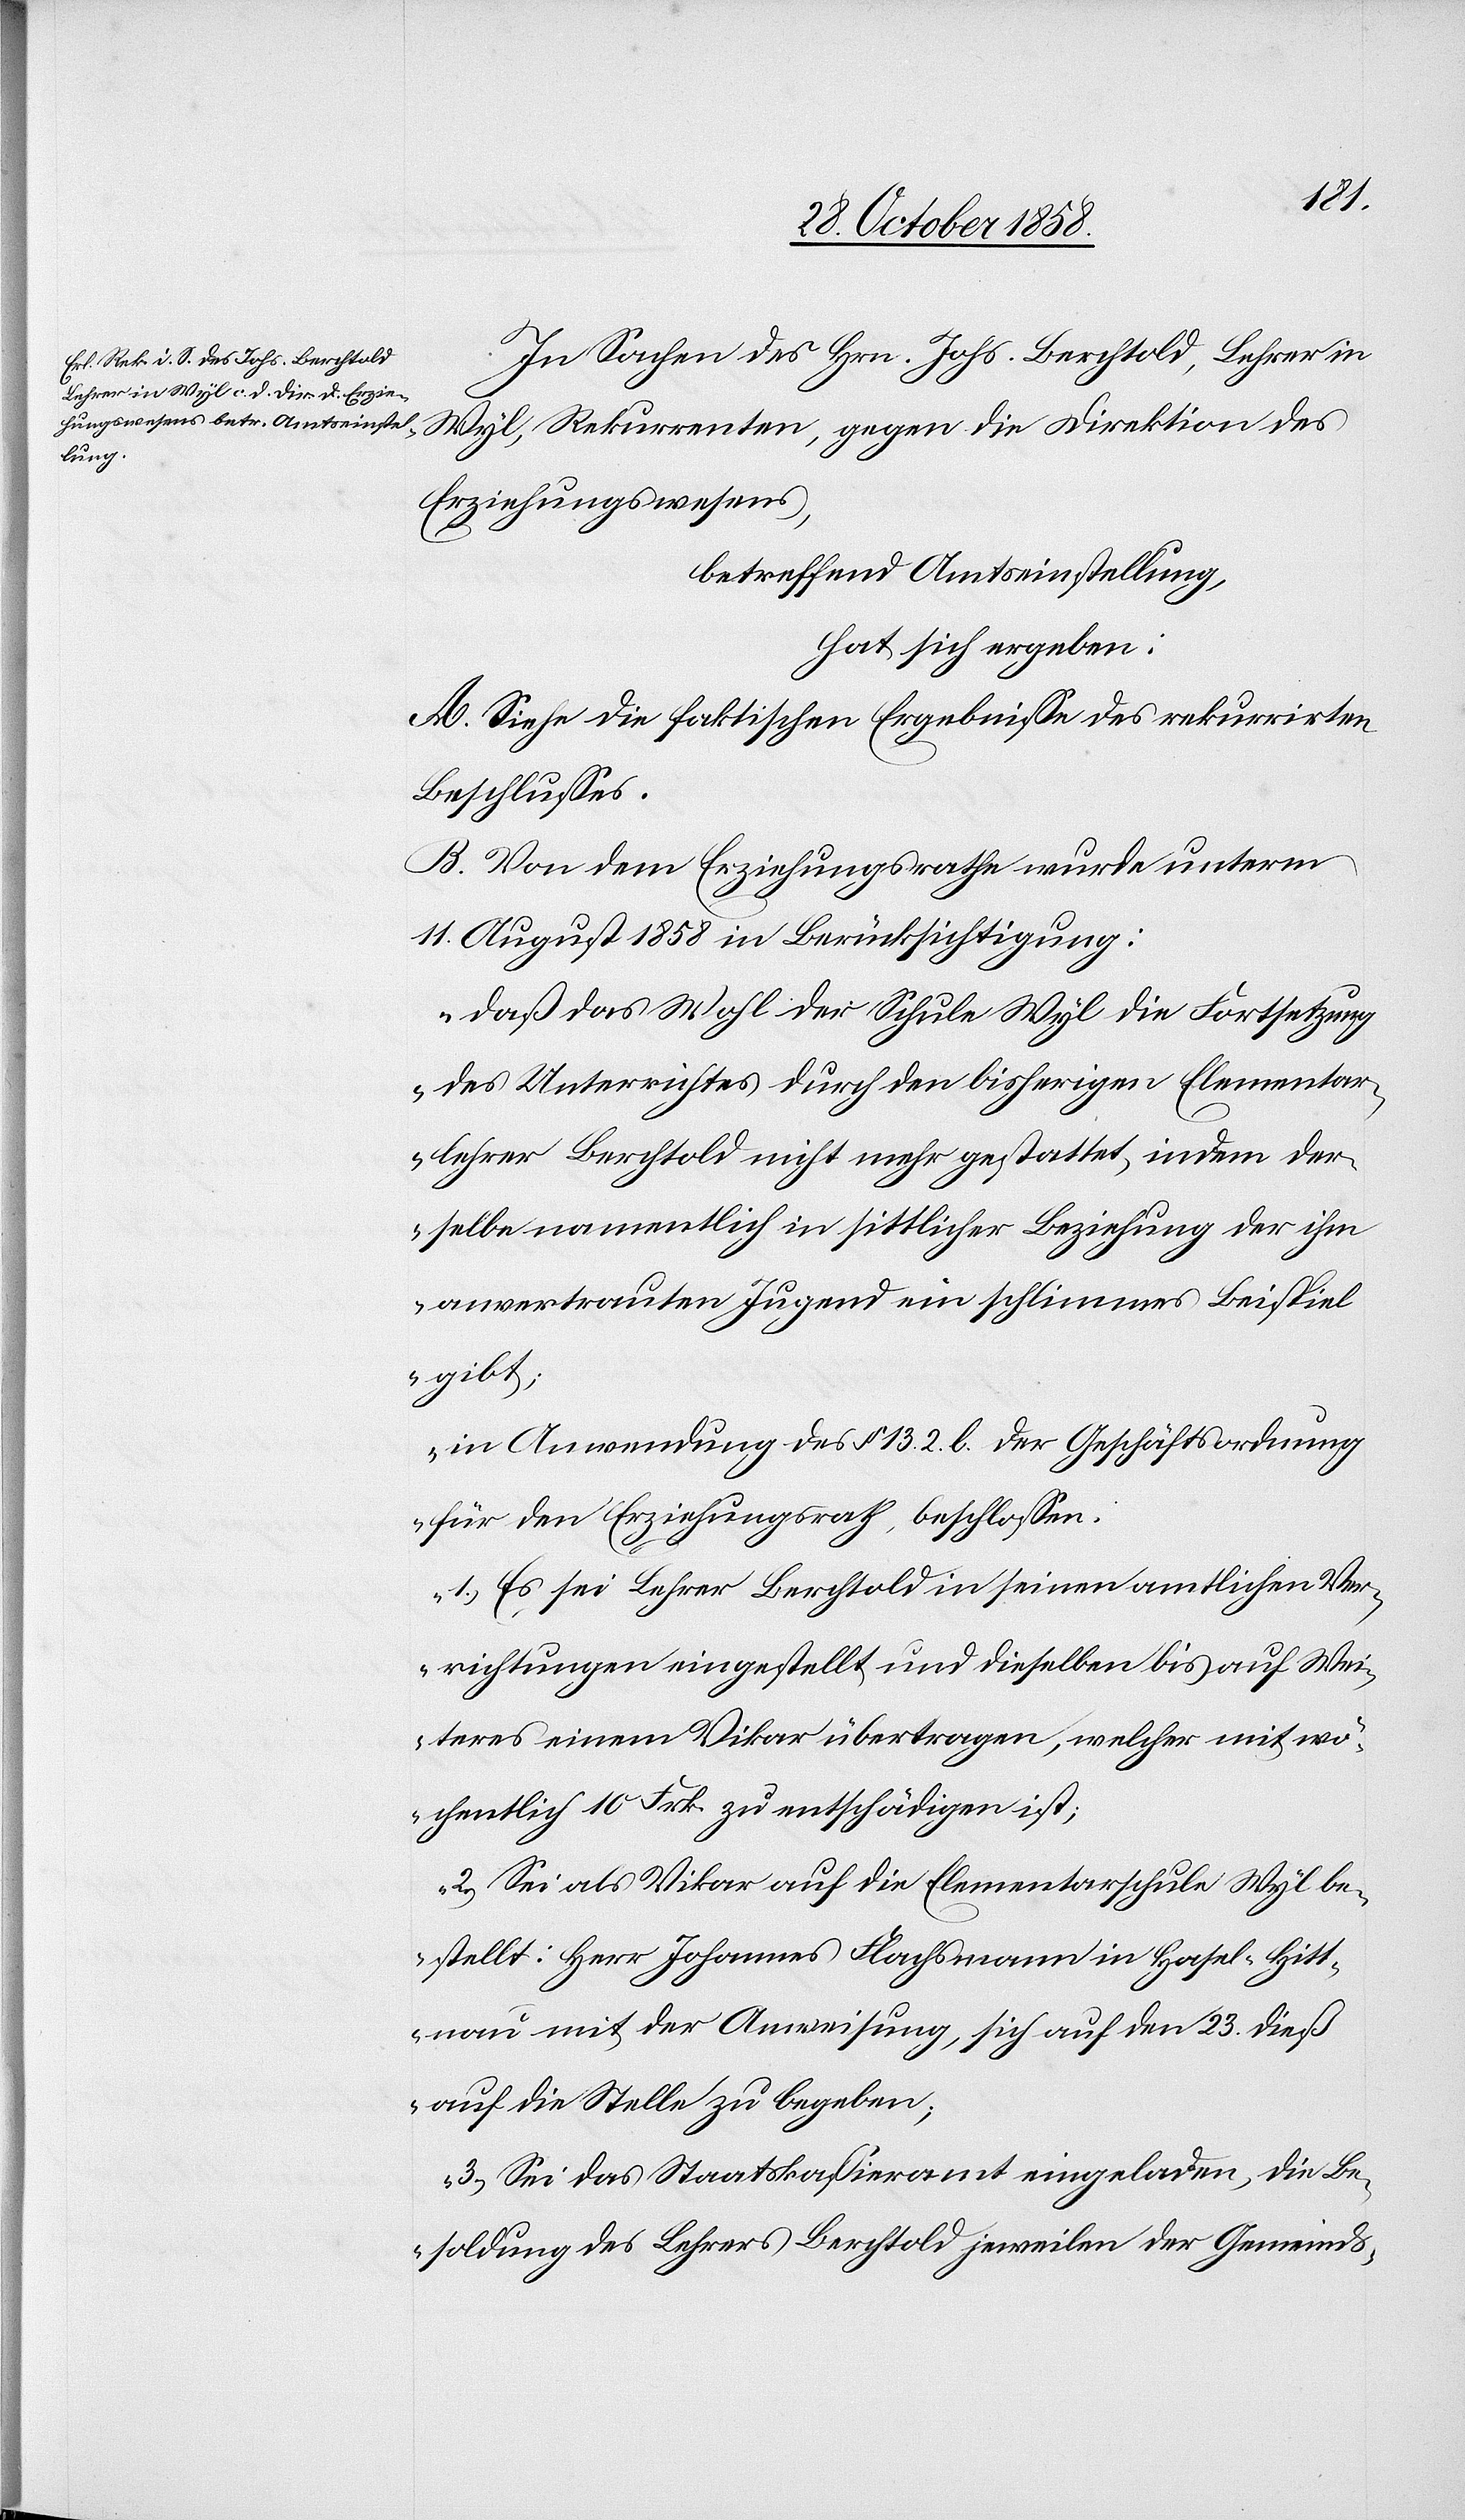
In Sachen des Hrn. Johs. Berchtold, Lehrer in
Wyl, Rekurrenten, gegen die Direktion des
Erziehungswesens,
betreffend Amtseinstellung,
hat sich ergeben:
A. Siehe die faktischen Ergebnisse des rekurrirten
Beschlusses.
B. Von dem Erziehungsrathe wurde unterm
11. August 1858 in Berücksichtigung:
„daß das Wohl der Schule Wyl die Fortsetzung
des Unterrichtes durch den bisherigen Elementar¬
lehrer Berchtold nicht mehr gestattet, indem der¬
selbe namentlich in sittlicher Beziehung der ihm
anvertrauten Jugend ein schlimmes Beispiel
gibt;
in Anwendung des § 13. 2. b. der Geschäftsordnung
für den Erziehungsrath, beschlossen:
1.) Es sei Lehrer Berchtold in seinen amtlichen Ver¬
richtungen eingestellt, und dieselben bis auf Wei¬
teres einem Vikar übertragen, welcher mit wö¬
chentlich 10 Frk. zu entschädigen ist;
2.) Sei als Vikar auf die Elementarschule Wyl be¬
stellt: Herr Johannes Flachsmann in Hasel-Hitt¬
nau mit der Anweisung, sich auf den 23. dieß
auf die Stelle zu begeben;
3.) Sei das Staatskassieramt eingeladen, die Be¬
soldung des Lehrers Berchtold jeweilen der Gemeinds-